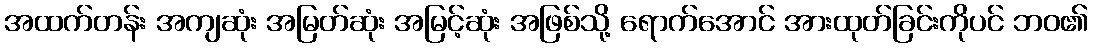
အထက်တန်း အကျဆုံး အမြတ်ဆုံး အမြင့်ဆုံး အဖြစ်သို့ ရောက်အောင် အားထုတ်ခြင်းကိုပင် ဘဝ၏